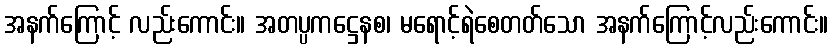
အနက်ကြောင့် လည်းကောင်း။ အတပ္ပကဋ္ဌေနစ၊ မရောင့်ရဲစေတတ်သော အနက်ကြောင့်လည်းကောင်း။